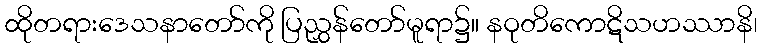
ထိုတရားဒေသနာတော်ကို ပြညွှန်တော်မူရာ၌။ နဝုတိကောဋိသဟဿာနိ၊